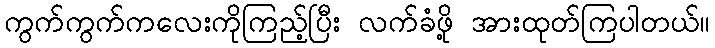
ကွက်ကွက်ကလေးကိုကြည့်ပြီး လက်ခံဖို့ အားထုတ်ကြပါတယ်။